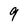
Character: 9